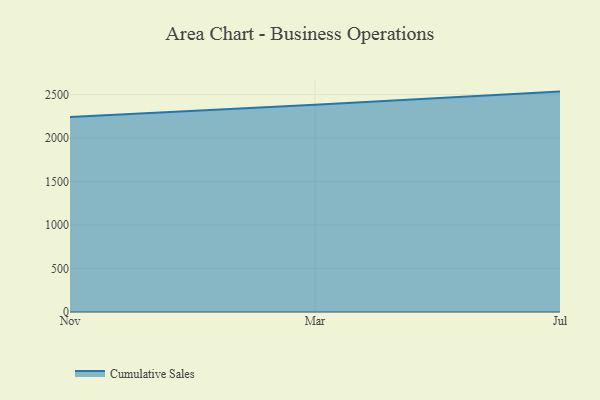
{"axis": {"x": "Month", "y": "Page Views"}, "legend": ["Cumulative Sales"], "data": [{"x": "Nov", "y": 2243.5, "type": "Cumulative Sales"}, {"x": "Mar", "y": 2383.7, "type": "Cumulative Sales"}, {"x": "Jul", "y": 2534.3, "type": "Cumulative Sales"}]}